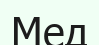
Мед